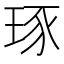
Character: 琢